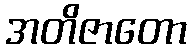
အတိဇာတော